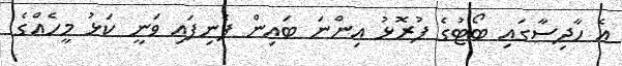
އެ ހާދިސާގައި ބޯޓުގެ ފުރޮޅު އިންނަ ބައިން ފެނިފައި ވަނީ ކަޅު މީހެއްގެ